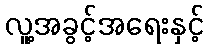
လူ့အခွင့်အရေးနှင့်